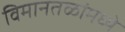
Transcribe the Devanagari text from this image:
विमानतळांमध्ये